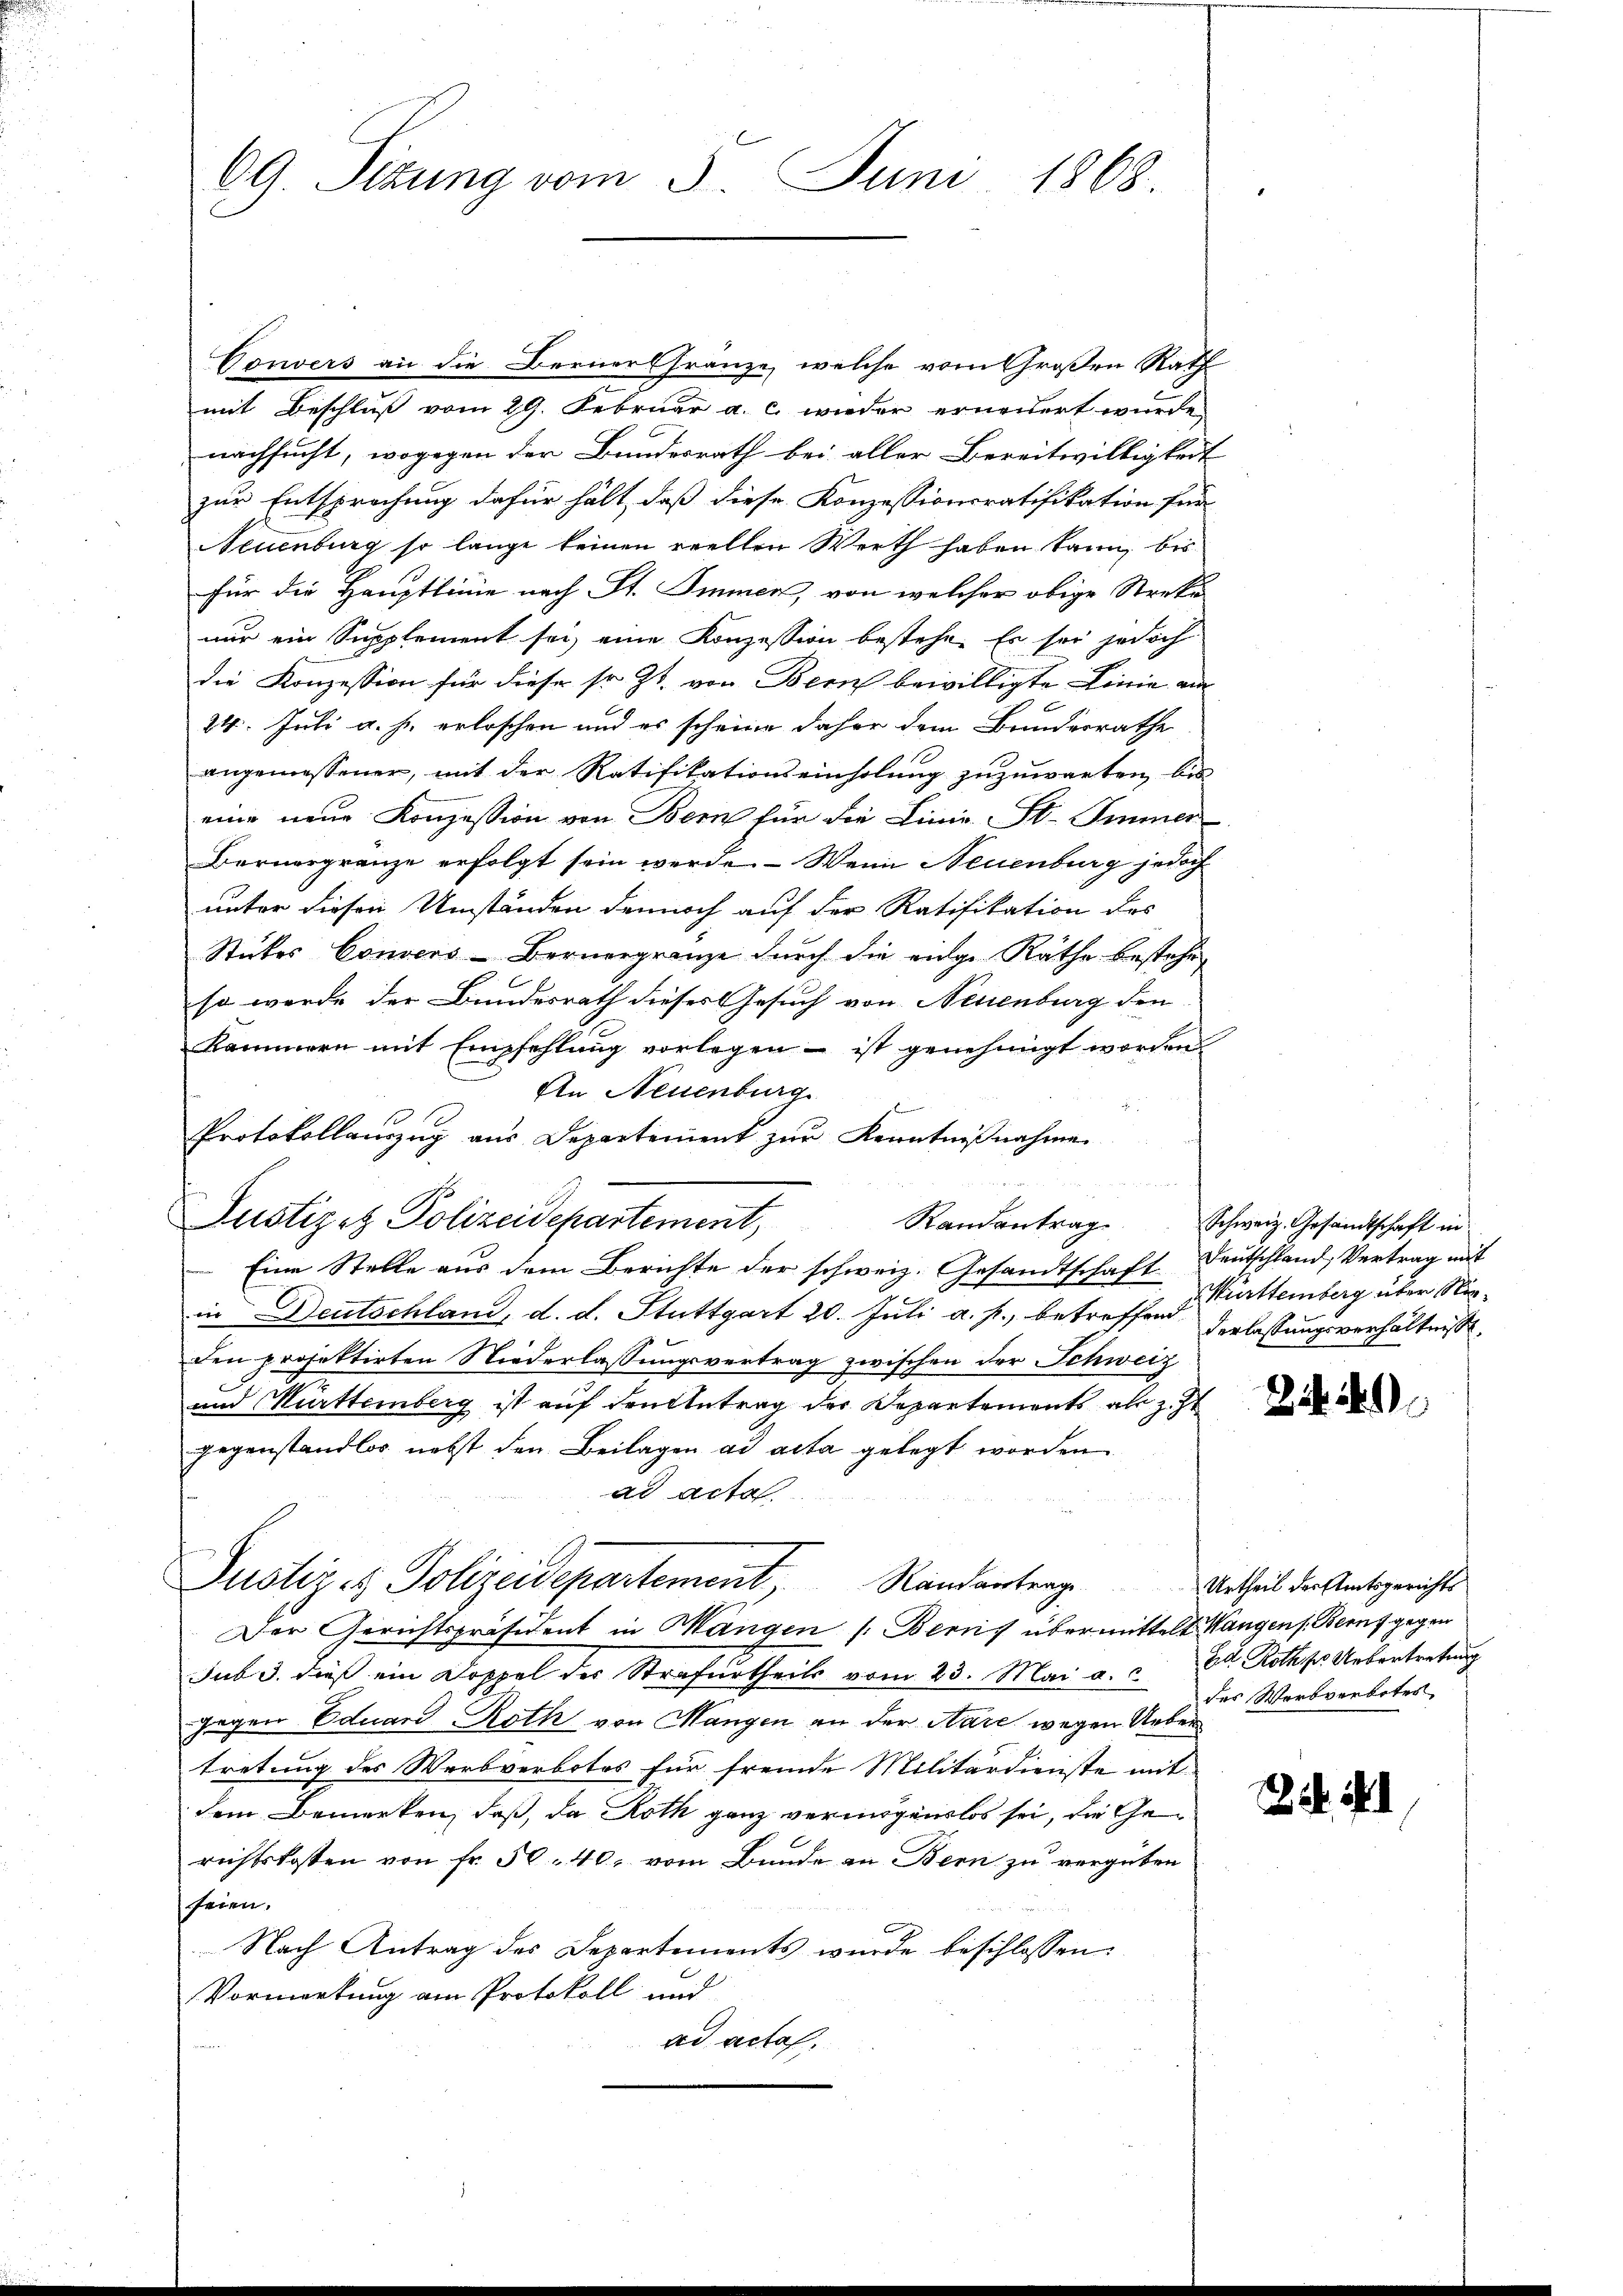
69. Sizung vom 3. Juni 1868.

Convers an die Berner Gränze, welche vom Großen Rath
mit Beschluß vom 29. Februar a. c. wieder erneuert wurde.
nachsucht, wogegen der Bundesrath bei aller Bereitwilligkeit
zur Entsprechung dafür hält, daß diese Konzessionsratifikation für
Neuenburg so lange keinen reellen Werth haben kann, bis
für die Hauptlinie nach St. Immer, von welcher obige Streke
nur ein Supplement sei, eine Konzession bestehe. Es sei jedoch
die Konzession für diese sr. Zt. von Bern bewilligte Linie an
24. Juli a. h. erloschen und es scheine daher dem Bundesrathe
angemessener, mit der Ratifikationseinholung zuzuwarten, bis
eine neue Konzession von Bern für die Linie St. Immer
Bernergränze erfolgt sein werde. – Wenn Neuenburg jedoch
unter diesen Umständen dennoch auf der Ratifikation des
Stückes Consens-Bernergränze durch die eige Räthe bestehe
so wurde der Bundesrath dieses Gesuch von Neuenburg den
Kammern mit Empfehlung vorlegen – ist genehmigt worden.
In Neuenburg
Protokollauszug aus Departement zur Kenntnißnahmen
Justizez Polizeidepartement,
Eine Stelle aus dem Berichte der schweiz. Gesandtschaft Deutschland, Vertrag mit
in Deutschland, d. d. Stuttgart 20. Juli a. p., betreffend Verlassungsverhältnisse,
den projektirten Niederlassungsvertrag zwischen der Schweiz
und Muttemberg ist auf den Antrag der Departements als zit
gegenstandlos nebst den Beilagen ad acta gelegt worden
ad acta.
Justiz es Polizeidepartement Randantrag
Der Gerichtspräsident in Mangen (Berns übermittelt Wangen s. Beruf gegen
sub 3. dieß ein Doppel der Strafurtheils vom 23. Mai a. d. Rothp. Uebertretung
gegen Eduard Roth von Mangen an der Nare wegen Uebertretung des Werbverbotes für fremde Militärdienste mit
dem Bemerken, daß, da Roth ganz vermögenslos sei, die Gerichtskosten von fr. 50. 40. vom Bunde an Bern zu vergüten
seien.
Nach Antrag des Departements wurde beschlossen:
Vormerkung am Protokoll und
ad acta.

Randantrag

Schweiz. Gesandtschaft in
Württemberg über Nie¬

2449

Urtheil der Amtsgerichts
des Worbverbotes,

254. 41